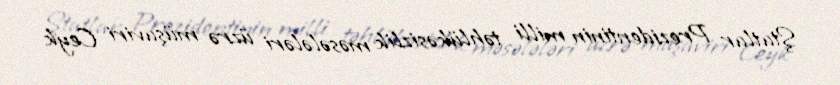
Ştatlar Prezidentinin milli təhlükəsizlik məsələləri üzrə müşaviri Ceyk